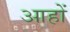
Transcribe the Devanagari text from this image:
आहों